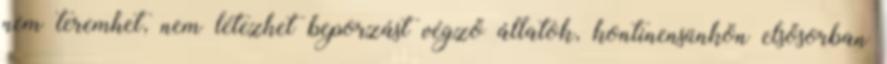
nem teremhet, nem létezhet beporzást végző állatok, kontinensünkön elsősorban